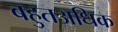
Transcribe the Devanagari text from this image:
बहुतअधिक